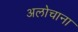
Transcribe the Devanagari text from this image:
अलोचाना